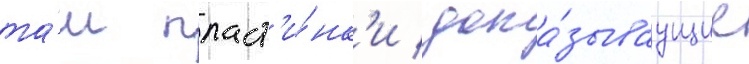
та́м пласт'и́нк'и / дока́зываущие